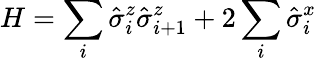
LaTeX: H=\sum_{i}\hat{\sigma}_{i}^{z}\hat{\sigma}_{i+1}^{z}+2\sum_{i}\hat{\sigma}_{i}^{x}